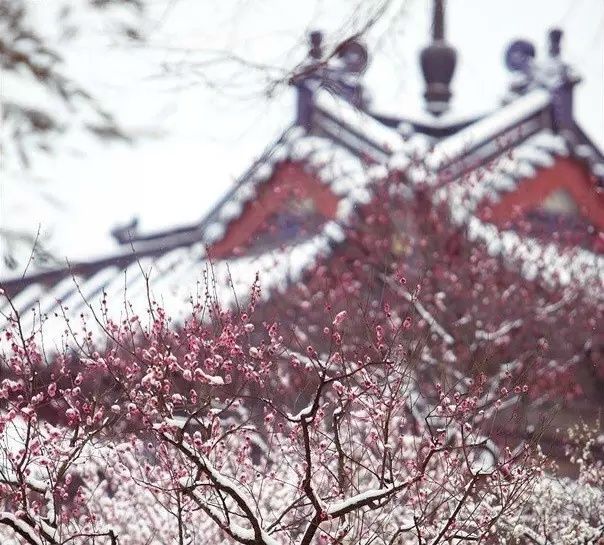
塞马一声嘶，残星拂大旗。